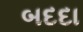
બદદા